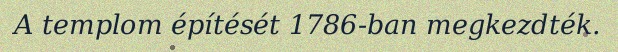
A templom építését 1786-ban megkezdték.